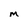
Character: M